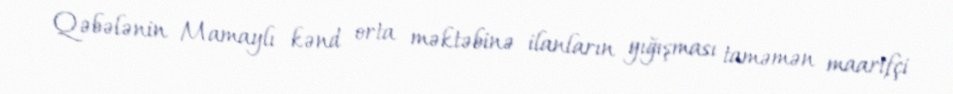
Qəbələnin Mamaylı kənd orta məktəbinə ilanların yığışması taməmən maarifçi